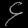
Digit: ၄